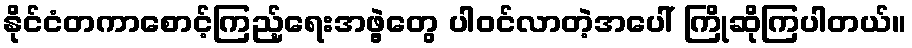
နိုင်ငံတကာစောင့်ကြည့်ရေးအဖွဲ့တွေ ပါဝင်လာတဲ့အပေါ် ကြိုဆိုကြပါတယ်။